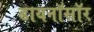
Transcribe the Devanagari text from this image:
डायनॉसॉर